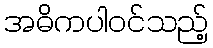
အဓိကပါဝင်သည့်